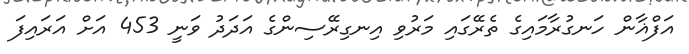
އަފްޣާން ހަނގުރާމައިގެ ތެރޭގައި މަރުވި އިނގިރޭސިންގެ އަދަދު ވަނީ 453 އަށް އަރައިފަ